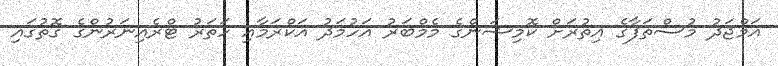
އަމްޖަދު މުސްތަފާގެ އިތުރަށް ކޮމިޝަންގެ މެމްބަރު އަހުމަދު އަކްރަމާއި ހަތަރު ޓްރެއިނަރުންގެ ގޮތުގައިި